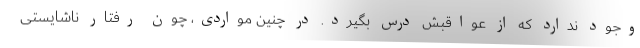
وجود ندارد که از عواقبش درس بگیرد. در چنین مواردی، چون رفتار ناشایستی